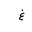
Letter: _gayn